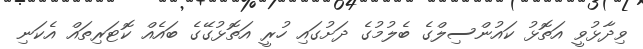
ވިދާޅުވީ އަތޮޅު ކައުންސިލްގެ ބެލުމުގެ ދަށުގައި ހުރީ އަތޮޅުގޭގެ ބައެއް ކޮޓަރިތައް އެކަނި